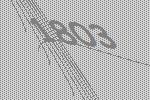
1803